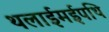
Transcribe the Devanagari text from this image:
थलाईमईपथि